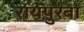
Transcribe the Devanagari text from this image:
रायपुरबा